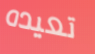
تعيده